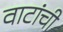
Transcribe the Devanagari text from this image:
वाटांची